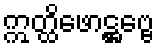
ဣတ္ထိဖောဋ္ဌဗ္ဗေ